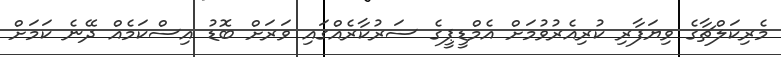
މެރިކަލްޗާގެ ވިޔަފާރި ކުރިއެރުވުމަށް އެމްޑީޕީގެ ސަރުކާރެއްގައި ވަރަށް ބޮޑު އިސްކަމެއް ދޭނެ ކަމަށް